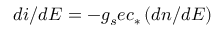
d i / d E = - g _ { s } e c _ { * } \left( d n / d E \right)